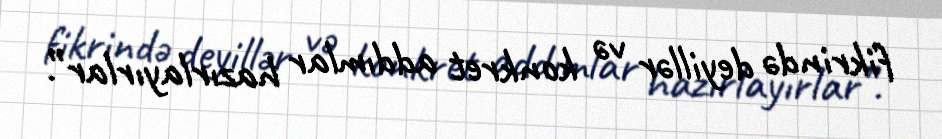
fikrində deyillər və konkret addımlar hazırlayırlar”.